Voisiku_vallavalitsus, lk 239
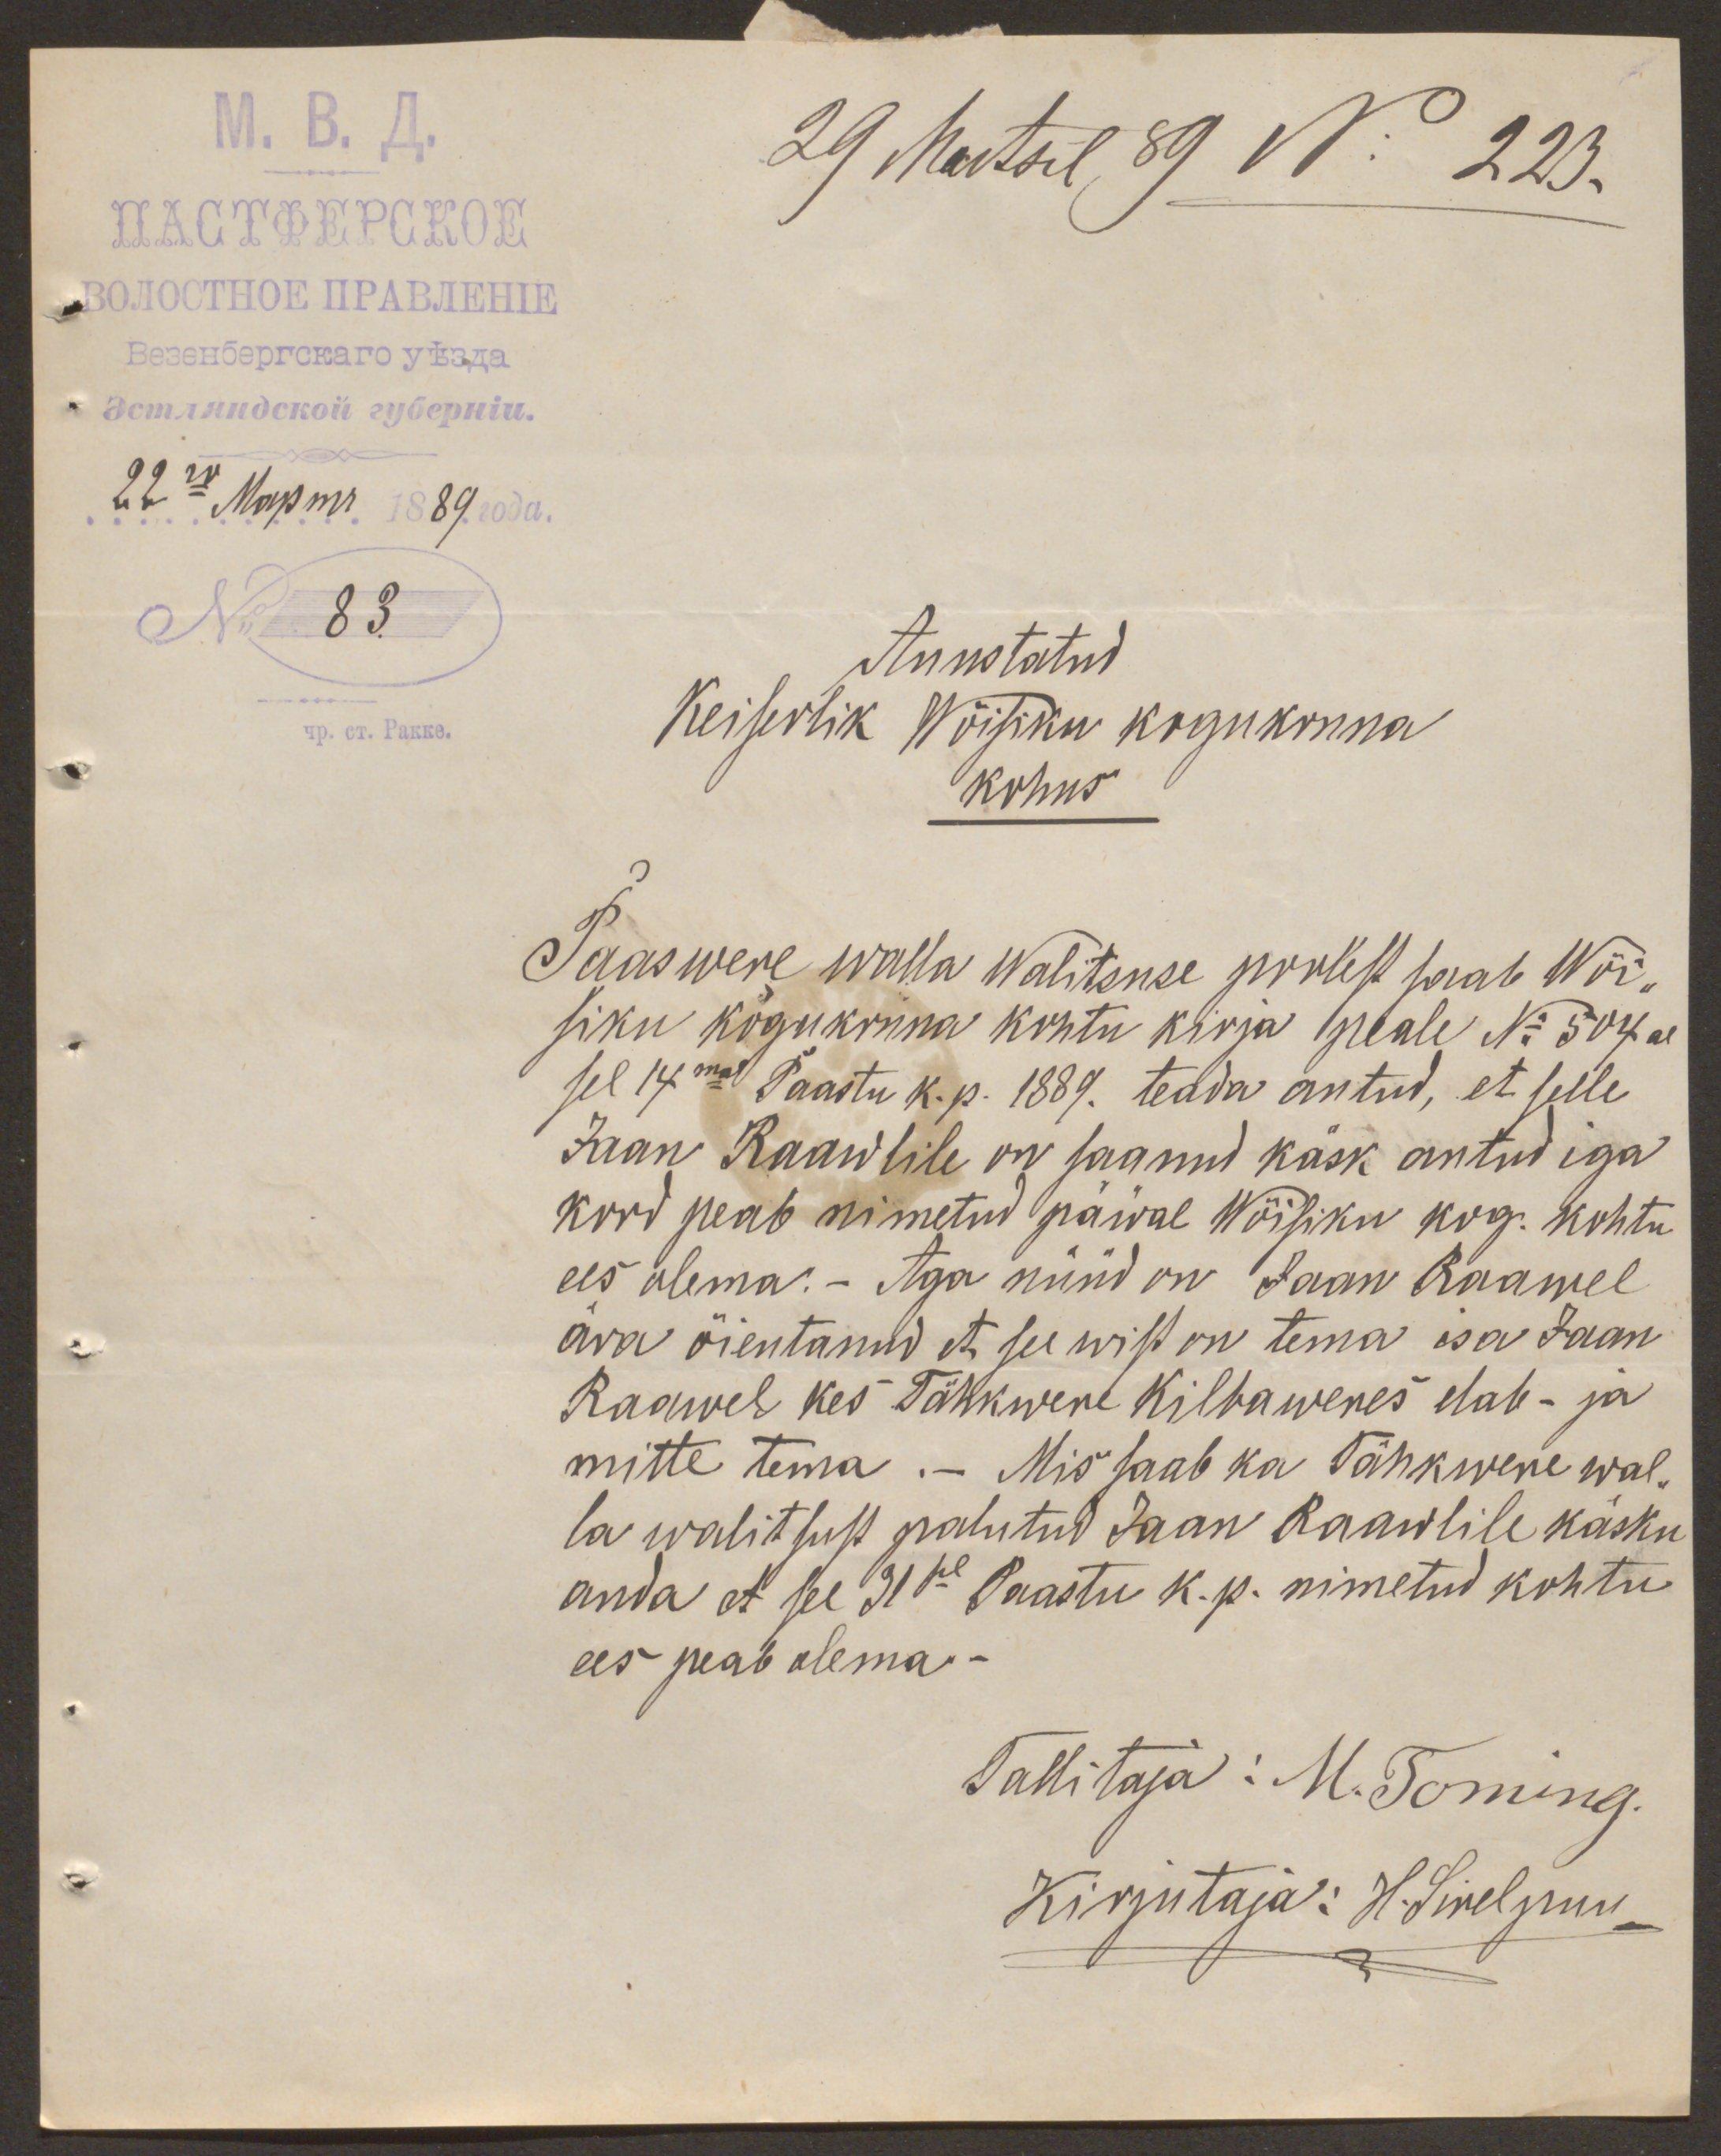
29 Martsil, 89 No 223.
No 83.
Auustatud
Keiserlik Wõisiku kogukonna
kohus
Paaswere walla walitsuse poolest saab Wõi-
siku kogukonna kohtu kirja peale No 504 a.
sel 14mal Paastu k. p. 1889. teada antud, et selle
Jaan Raawlile on saanud käsk antud iga
kord peab nimetud päwal Wõisiku kog. kohtu
ees olema.- Aga nüüd on Jaan Raawel
ära õientanud et see wist on tema isa Jaan
Raawel kes Tähkwere Kilbaweres elab - ja
mitte tema.- Mis saab ka Tähkwere wal-
la walitsust palutud Jaan Raawlile käsku
anda et see 31sel Paastu k. p. nimetud kohtu
ees peab olema.
Tallitaja: M. Toming.
Kirjutaja: H. Sirelpuu